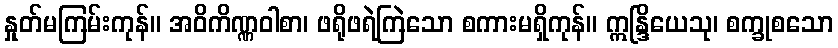
နှုတ်မကြမ်းကုန်။ အဝိကိဏ္ဏဝါစာ၊ ဖရိုဖရဲကြဲသော စကားမရှိကုန်။ ဣန္ဒြိယေသု၊ စက္ခုစသော